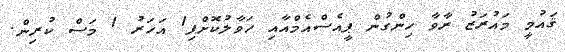
ޤައުމީ މައުރަޒު ރާވާ ހިންގުން ޕީއެސްއެމްއާއި ހަވާލުކޮށްފި1 އަހަރު 1 މަސް ކުރިން.